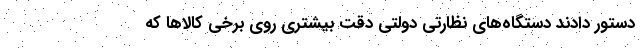
دستور دادند دستگاه‌های نظارتی دولتی دقت بیشتری روی برخی کالاها که